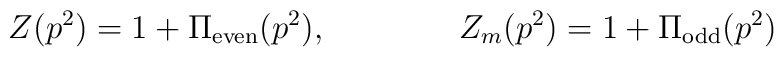
Z(p^2)=1+\Pi_{\rm even}(p^2), \qquad\qquad Z_m(p^2)=1+\Pi_{\rm odd}(p^2)